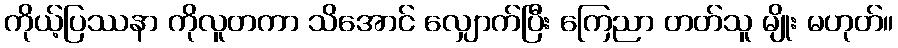
ကိုယ့်ပြဿနာ ကိုလူတကာ သိအောင် လျှောက်ပြီး ကြေညာ တတ်သူ မျိုး မဟုတ်။